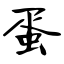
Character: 蛋